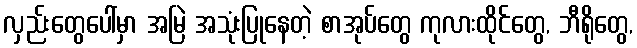
လှည်းတွေပေါ်မှာ အမြဲ အသုံးပြုနေတဲ့ စာအုပ်တွေ ကုလားထိုင်တွေ, ဘီရိုတွေ,